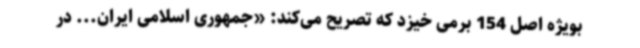
بویژه اصل 154 برمی خیزد که تصریح می‌کند: «جمهوری اسلامی ایران... در